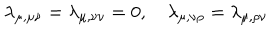
\lambda _ { \mu , \mu \nu } = \lambda _ { \mu , \nu \nu } = 0 , \quad \lambda _ { \mu , \nu \rho } = \lambda _ { \mu , \rho \nu }